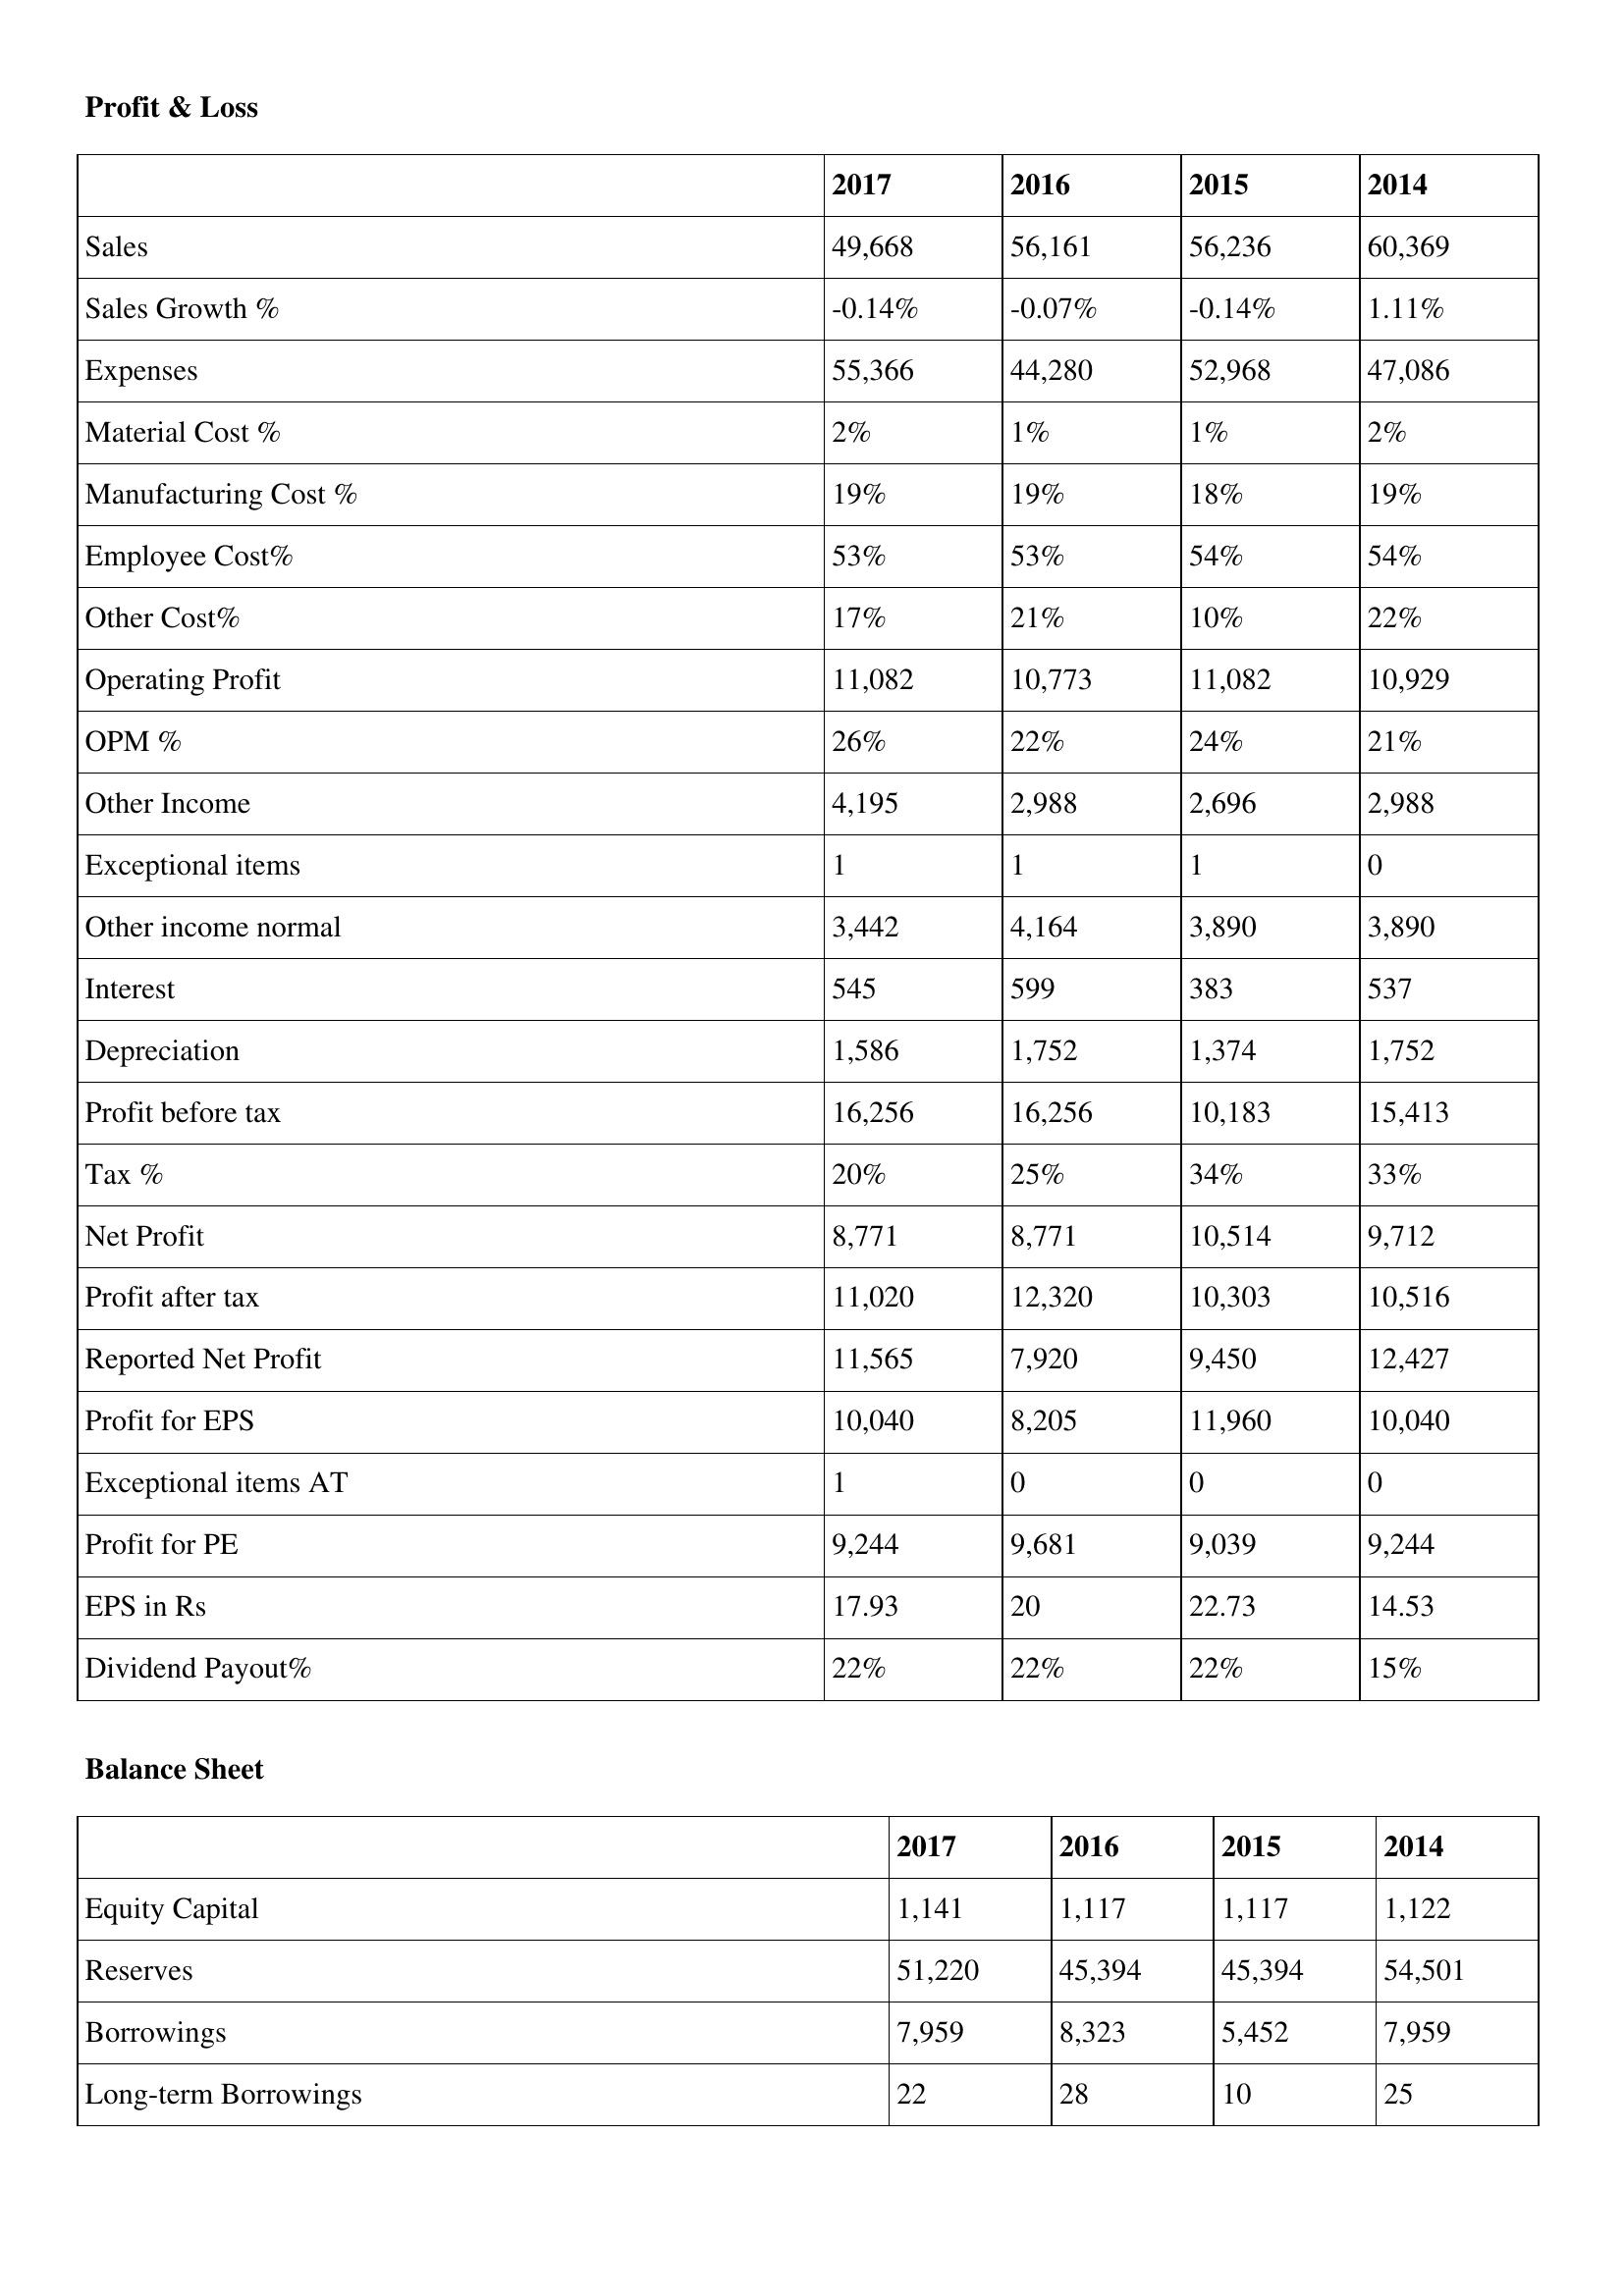
gt_parse: 2017: Profit & Loss: Sales: 49,668
Sales Growth %: -0.14%
Expenses: 55,366
Material Cost %: 2%
Manufacturing Cost %: 19%
Employee Cost%: 53%
Other Cost%: 17%
Operating Profit: 11,082
OPM %: 26%
Other Income: 4,195
Exceptional items: 1
Other income normal: 3,442
Interest: 545
Depreciation: 1,586
Profit before tax: 16,256
Tax %: 20%
Net Profit: 8,771
Profit after tax: 11,020
Reported Net Profit: 11,565
Profit for EPS: 10,040
Exceptional items AT: 1
Profit for PE: 9,244
EPS in Rs: 17.93
Dividend Payout%: 22%
Balance Sheet: Equity Capital: 1,141
Reserves: 51,220
Borrowings: 7,959
Long-term Borrowings: 22
2016: Profit & Loss: Sales: 56,161
Sales Growth %: -0.07%
Expenses: 44,280
Material Cost %: 1%
Manufacturing Cost %: 19%
Employee Cost%: 53%
Other Cost%: 21%
Operating Profit: 10,773
OPM %: 22%
Other Income: 2,988
Exceptional items: 1
Other income normal: 4,164
Interest: 599
Depreciation: 1,752
Profit before tax: 16,256
Tax %: 25%
Net Profit: 8,771
Profit after tax: 12,320
Reported Net Profit: 7,920
Profit for EPS: 8,205
Exceptional items AT: 0
Profit for PE: 9,681
EPS in Rs: 20
Dividend Payout%: 22%
Balance Sheet: Equity Capital: 1,117
Reserves: 45,394
Borrowings: 8,323
Long-term Borrowings: 28
2015: Profit & Loss: Sales: 56,236
Sales Growth %: -0.14%
Expenses: 52,968
Material Cost %: 1%
Manufacturing Cost %: 18%
Employee Cost%: 54%
Other Cost%: 10%
Operating Profit: 11,082
OPM %: 24%
Other Income: 2,696
Exceptional items: 1
Other income normal: 3,890
Interest: 383
Depreciation: 1,374
Profit before tax: 10,183
Tax %: 34%
Net Profit: 10,514
Profit after tax: 10,303
Reported Net Profit: 9,450
Profit for EPS: 11,960
Exceptional items AT: 0
Profit for PE: 9,039
EPS in Rs: 22.73
Dividend Payout%: 22%
Balance Sheet: Equity Capital: 1,117
Reserves: 45,394
Borrowings: 5,452
Long-term Borrowings: 10
2014: Profit & Loss: Sales: 60,369
Sales Growth %: 1.11%
Expenses: 47,086
Material Cost %: 2%
Manufacturing Cost %: 19%
Employee Cost%: 54%
Other Cost%: 22%
Operating Profit: 10,929
OPM %: 21%
Other Income: 2,988
Exceptional items: 0
Other income normal: 3,890
Interest: 537
Depreciation: 1,752
Profit before tax: 15,413
Tax %: 33%
Net Profit: 9,712
Profit after tax: 10,516
Reported Net Profit: 12,427
Profit for EPS: 10,040
Exceptional items AT: 0
Profit for PE: 9,244
EPS in Rs: 14.53
Dividend Payout%: 15%
Balance Sheet: Equity Capital: 1,122
Reserves: 54,501
Borrowings: 7,959
Long-term Borrowings: 25